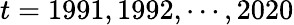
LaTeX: t=1991,1992,\cdots,2020